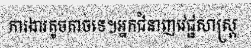
ការងារតូចតាចទេ។អ្នកជំនាញវេជ្ជសាស្ត្រ